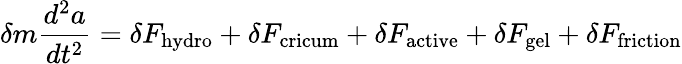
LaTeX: \delta m\frac{d^{2}a}{dt^{2}}=\delta F_{\mathrm{hydro}}+\delta F_{\mathrm{cricum}}+\delta F_{\mathrm{active}}+\delta F_{\mathrm{gel}}+\delta F_{\mathrm{friction}}